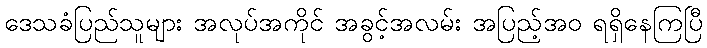
ဒေသခံပြည်သူများ အလုပ်အကိုင် အခွင့်အလမ်း အပြည့်အဝ ရရှိနေကြပြီ